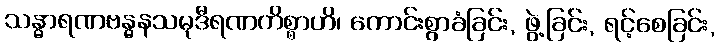
သန္ဓာရဏဗန္ဓနသမုဒီရဏကိစ္စာဟိ၊ ကောင်းစွာခံခြင်း, ဖွဲ့ခြင်း, ရင့်စေခြင်း,